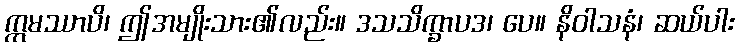
ဣမဿာပိ၊ ဤအမျိုးသား၏လည်း။ ဒသသိက္ခာပဒ၊ ပေ။ နိဝါသနံ၊ ဆယ်ပါး